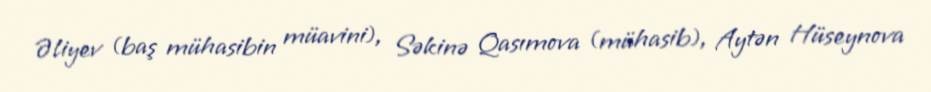
Əliyev (baş mühasibin müavini), Səkinə Qasımova (mühasib), Aytən Hüseynova